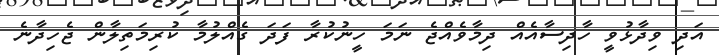
އަދި ވިދާޅުވީ ހާދިސާއެއް ދިމާވެއްޖެ ނަމަ ހީނުކުރާ ފަދަ ގެއްލުމާ ކުރިމަތިލާން ޖެހިދާނެ